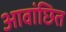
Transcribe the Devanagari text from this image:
आवांछित